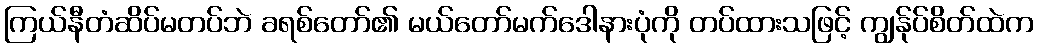
ကြယ်နီတံဆိပ်မတပ်ဘဲ ခရစ်တော်၏ မယ်တော်မက်ဒေါနားပုံကို တပ်ထားသဖြင့် ကျွန်ုပ်စိတ်ထဲက